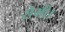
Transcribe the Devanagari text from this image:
सेमी।